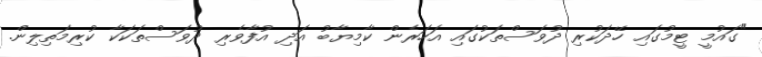
"ގައުމީ ޓީމުގައި ހޭދަކުރި ދުވަސްތަކުގައި އަހަރެން ކާމިޔާބު އަދި އުފާވެރި ދުވަސްތަކަކާ ކުރިމަތިލިން.